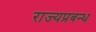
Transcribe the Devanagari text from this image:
राज्यप्रबन्ध